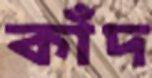
কাঁদ